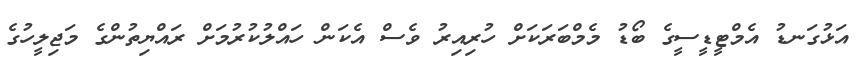
އަޅުގަނޑު އެމްޓީޑީސީގެ ބޯޑު މެމްބަރަކަށް ހުރިއިރު ވެސް އެކަން ހައްލުކުރުމަށް ރައްޔިތުންގެ މަޖިލީހުގެ